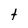
Character: t